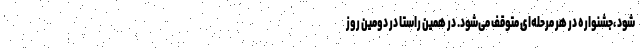
شود ،جشنواره در هر مرحله‌ای متوقف می‌شود. در همین راستا در دومین روز